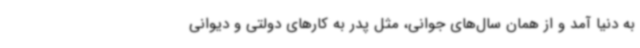
به دنیا آمد و از همان سال‌های جوانی، مثل پدر به کارهای دولتی و دیوانی